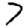
Digit: 7